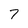
Character: 7